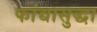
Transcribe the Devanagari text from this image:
फांद्यासुद्धा